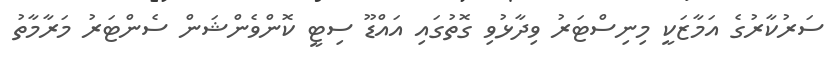
ސަރުކާރުގެ އަމާޒަކީ މިނިސްޓަރު ވިދާޅުވި ގޮތުގައި އައްޑޫ ސިޓީ ކޮންވެންޝަން ސެންޓަރު މަރާމާތު